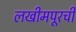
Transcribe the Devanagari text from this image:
लखीमपूरची